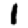
Digit: 1